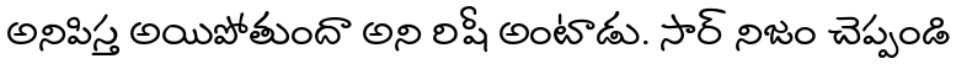
అనిపిస్త అయిపోతుందా అని రిషీ అంటాడు. సార్ నిజం చెప్పండి